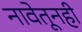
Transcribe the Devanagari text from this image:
नावेतूनही